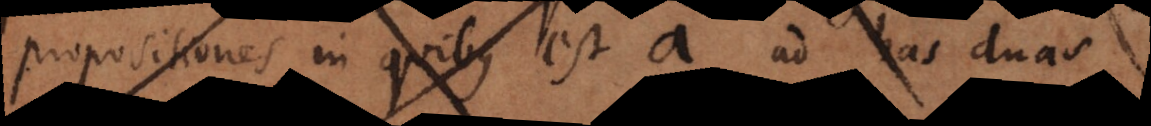
propositiones in quibus est a ad has duas